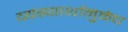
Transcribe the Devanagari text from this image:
व्यंग्यार्थामुळेच